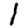
Digit: 1